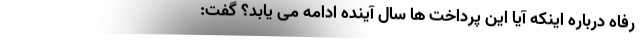
رفاه درباره اینکه آیا این پرداخت ها سال آینده ادامه می یابد؟ گفت: